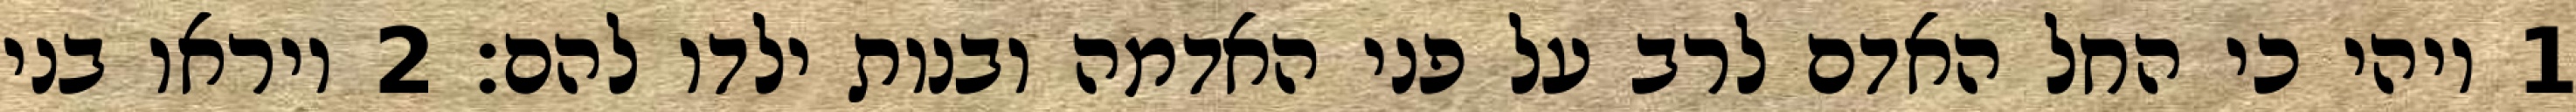
1 ויהי כי החל האדם לרב על פני האדמה ובנות ילדו להם׃ ‎2‏ ויראו בני